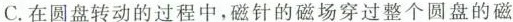
C.在圆盘转动的过程中，磁针的磁场穿过整个圆盘的磁